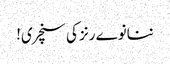
ننانوے رنز کی سنچری!